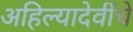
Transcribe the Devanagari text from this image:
अहिल्यादेवींचे